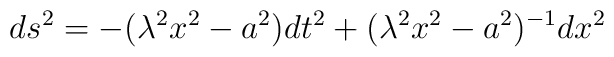
ds^{2}=-(\lambda^{2}x^{2}-a^{2})dt^{2}+(\lambda^{2}x^{2}-a^{2})^{-1}dx^{2}